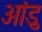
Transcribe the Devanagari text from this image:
आंडु